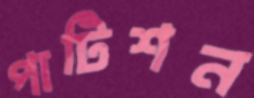
পাটিশন